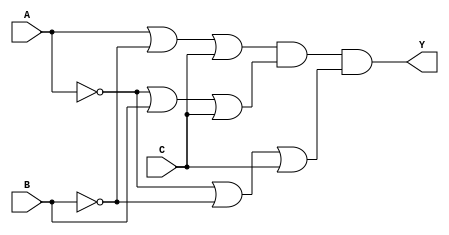
module pos_logic (
    input wire A,  // Input variable A
    input wire B,  // Input variable B
    input wire C,  // Input variable C
    output wire Y  // Output variable Y
);

// Sum terms based on the truth table where output Y is 0
wire sum_term1; // Represents (A + B' + C)
wire sum_term2; // Represents (A' + B + C)
wire sum_term3; // Represents (A' + B' + C')

// Create the sum terms using OR gates
assign sum_term1 = A | (~B) | C;  // A + B' + C
assign sum_term2 = (~A) | B | C;  // A' + B + C
assign sum_term3 = (~A) | (~B) | C; // A' + B' + C

// Combine the sum terms using AND gate to form the final output Y
assign Y = sum_term1 & sum_term2 & sum_term3; // (A + B' + C)(A' + B + C)(A' + B' + C)

endmodule